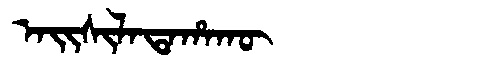
Manchu: ᠠᡳᠰᡳᠯᠠᡨᠠᡥᠠᡴᡡ
Romanization: AISILATAHAKŪ